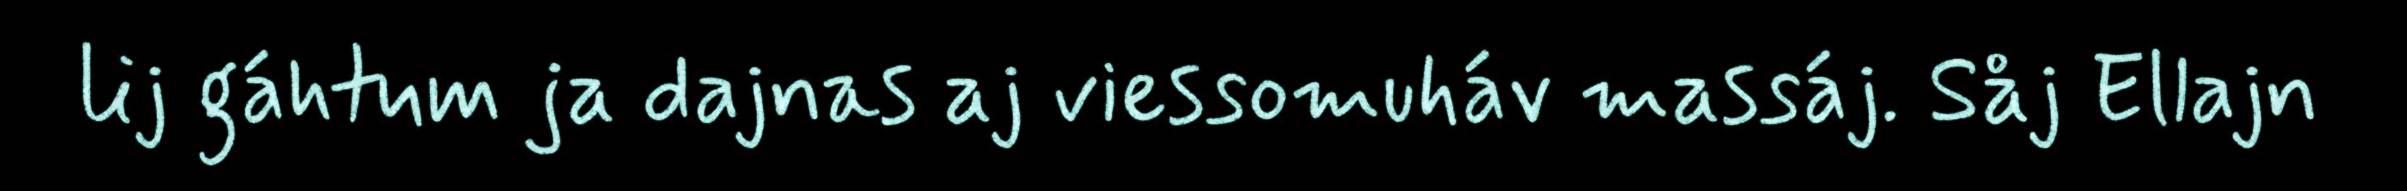
lij gáhtum ja dajnas aj viessomuháv massáj. Såj Ellajn